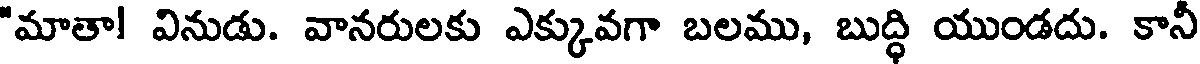
"మాతా! వినుడు. వానరులకు ఎక్కువగా బలము, బుద్ధి యుండదు. కానీ